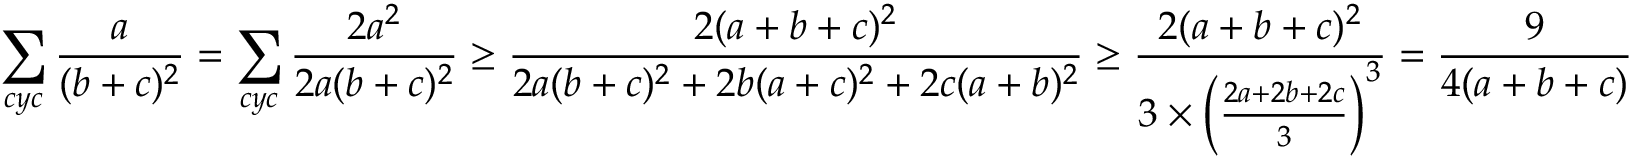
\sum _ { c y c } \frac { a } { ( b + c ) ^ { 2 } } = \sum _ { c y c } \frac { 2 a ^ { 2 } } { 2 a ( b + c ) ^ { 2 } } \ge \frac { 2 ( a + b + c ) ^ { 2 } } { 2 a ( b + c ) ^ { 2 } + 2 b ( a + c ) ^ { 2 } + 2 c ( a + b ) ^ { 2 } } \ge \frac { 2 ( a + b + c ) ^ { 2 } } { 3 \times \left( \frac { 2 a + 2 b + 2 c } { 3 } \right) ^ { 3 } } = \frac { 9 } { 4 ( a + b + c ) }